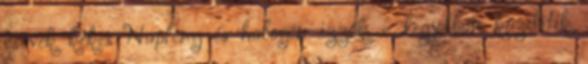
csövek kékes Napfény és halogén izzók – legjobban közelítik